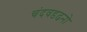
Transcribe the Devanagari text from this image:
चंदवडढनो